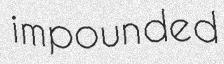
impounded